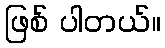
ဖြစ် ပါတယ်။